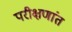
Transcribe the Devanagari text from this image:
परीक्षणांत